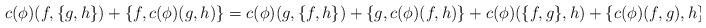
\begin{align*}c(\phi)(f, \{g, h\}) + \{f, c(\phi)(g, h)\} = c(\phi)(g, \{f, h\}) + \{g, c(\phi)(f, h)\}+ c(\phi)(\{f, g\}, h) + \{ c(\phi)(f, g), h\}\end{align*}